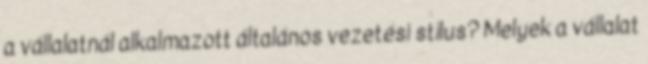
a vállalatnál alkalmazott általános vezetési stílus? Melyek a vállalat